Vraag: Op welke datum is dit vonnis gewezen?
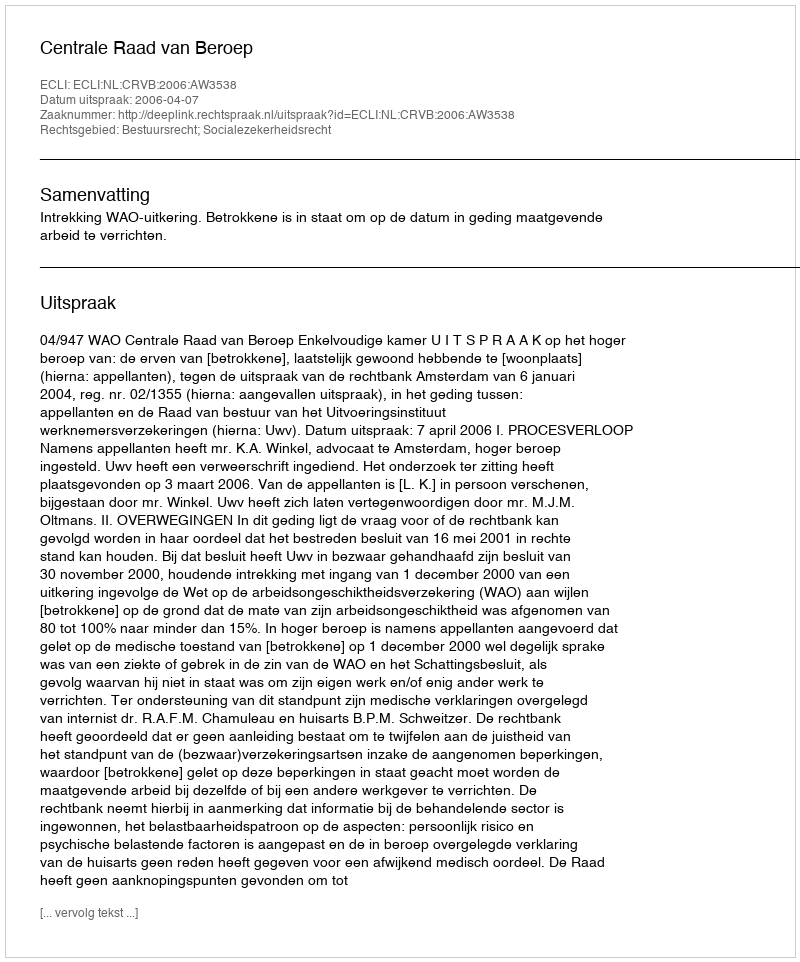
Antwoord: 2006-04-07